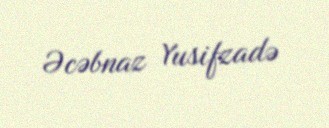
Əcəbnaz Yusifzadə